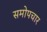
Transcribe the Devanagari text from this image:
समोपचार